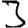
Digit: 3